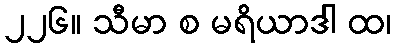
၂၂၆။ သီမာ စ မရိယာဒါ ထ၊